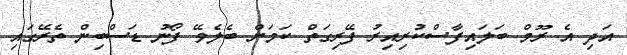
އަދި އެ ރޫމް ބަލައިފާސްކުރިއިރު ފޭރިގަތް ކަމަށް ބެލެވޭ ފޯނު ޑަސްބިން ތެރޭގައި